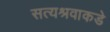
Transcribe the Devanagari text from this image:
सत्यश्रवाकडे